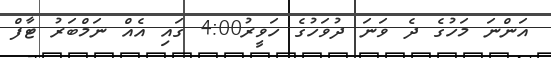
އަންނަ މަހުގެ ދެ ވަނަ ދުވަހުގެ ހަވީރު4:00 ގައި އެއް ނަމްބަރު ޓާފް